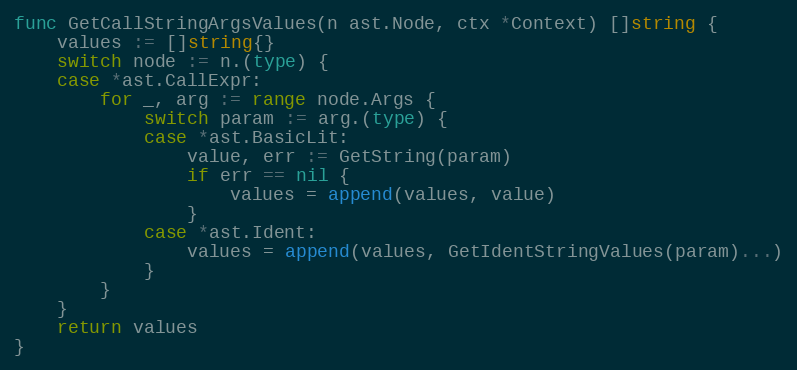
Language: Go
func GetCallStringArgsValues(n ast.Node, ctx *Context) []string {
	values := []string{}
	switch node := n.(type) {
	case *ast.CallExpr:
		for _, arg := range node.Args {
			switch param := arg.(type) {
			case *ast.BasicLit:
				value, err := GetString(param)
				if err == nil {
					values = append(values, value)
				}
			case *ast.Ident:
				values = append(values, GetIdentStringValues(param)...)
			}
		}
	}
	return values
}